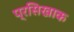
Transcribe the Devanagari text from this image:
प्रसिखाक